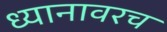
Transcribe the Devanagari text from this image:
ध्यानावरच